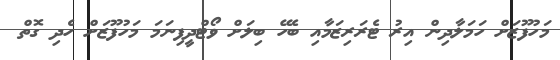
މަހުފޫޒަށް ހަމަލާދިން އިރު ޓެރަރިޒަމާއި ބެހޭ ބިލަށް ވޯޓްދީފިނަމަ މަހުފޫޒަށް ހެދި ގޮތް